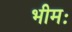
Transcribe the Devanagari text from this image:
भीमः